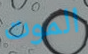
الموت